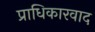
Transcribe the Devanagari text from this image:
प्राधिकारवाद